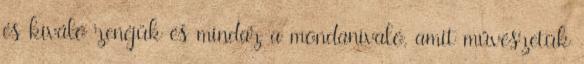
és kiváló zenéjük és mindaz a mondanivaló, amit művészetük